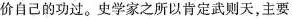
价自己的功过。史学家之所以肯定武则天，主要